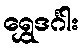
ရွှေဒင်္ဂါး